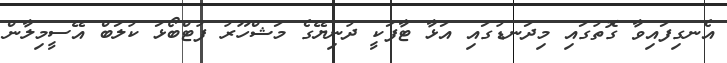
އެނގިފައިވާ ގޮތުގައި މިދަނޑުގައި އަޅާ ޓާފަކީ ދުނިޔޭގެ މަޝްހޫރު ފުޓްބޯޅަ ކުލަބް އޭސީމިލާން